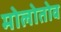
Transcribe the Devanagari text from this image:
मोलोतोव